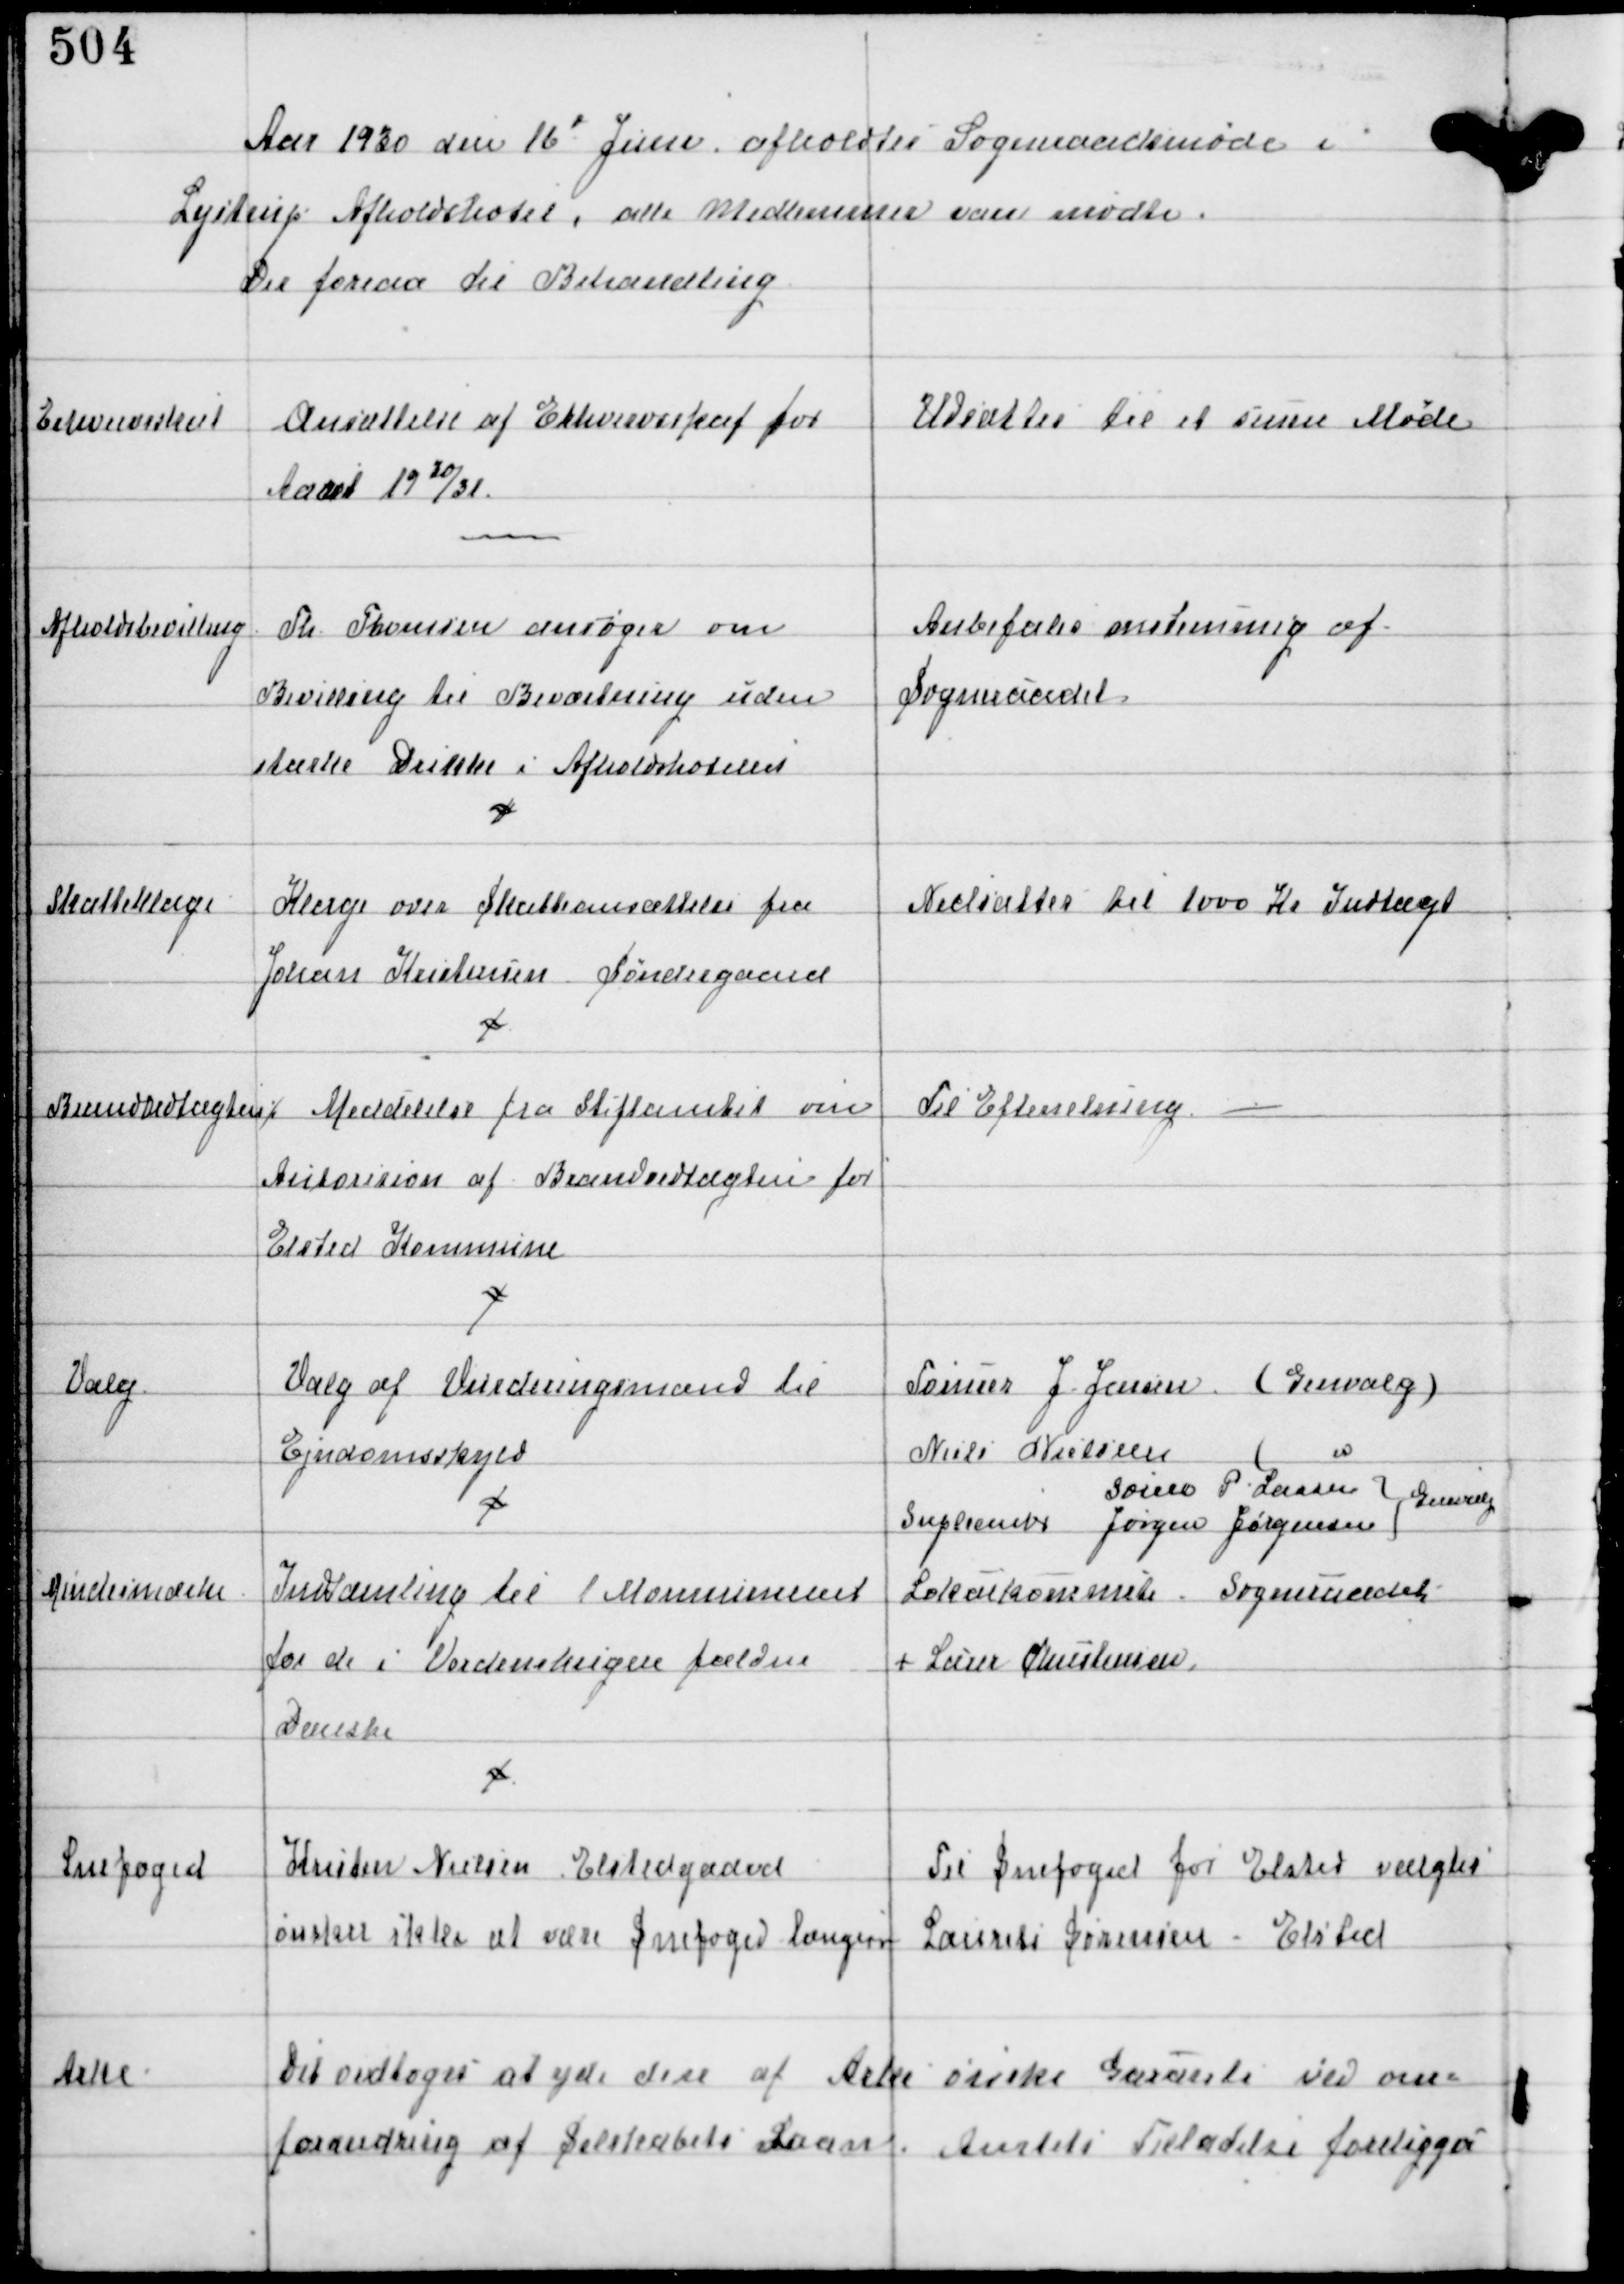
Transskription:
Aar 1930 den 16d Juni afholdtes Sogneraadsmøde i
Lystrup Afholdshotel, alle Medlemmer vare mødte.
Der forelaa til Behandling

Erhvervsskat

Ansættelse af Erhvervsskat for
Aaret 1930/31

Udsattes til et senere Møde

Afholdsbevilling

Th. Thomsen ansøger om
Bevilling til Beværtning uden
stærke Drikke i Afholdshotellet

Anbefales enstemmig af
Sogneraadet

Skatteklage

KLage over Skatteansættelse fra
Johan Kristensen Søndergaard

Nedsattes til 1000 Kr Indtægt

Brandvedtægten ⁒

Meddelse fra Stiftamtet om
Autorision af Brandvedtægten for
Elsted Kommune

Til Efterretning -

Valg

Valg af Vurderingsmænd til
Ejendomsskyld

Mindemedelse

Indsamling til 1 Monument
for de i Verdenskrigen faldne
Danske

Lokalkommite - Sogneraadet
+ Lærer Christensen

Snefoged

Kristen Nielsen, Elstedgaard
ønsker ikke at være Snefoged længere

Til Snefoged for Elsted valgtes
Laurits Sørensen - Elsted

Arke

Det vedtoges at yde den af Arke ønske Garanti ved om-
forandring af Selskabets Laan. Amtets Tilladelse foreligger